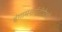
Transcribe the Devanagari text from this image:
हंगामशर्यतींपैकी